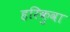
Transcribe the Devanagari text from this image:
हरिकुवा